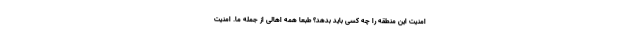
امنیت این منطقه را چه کسی باید بدهد؟ طبعاً همه اهالی از جمله ما. امنیت